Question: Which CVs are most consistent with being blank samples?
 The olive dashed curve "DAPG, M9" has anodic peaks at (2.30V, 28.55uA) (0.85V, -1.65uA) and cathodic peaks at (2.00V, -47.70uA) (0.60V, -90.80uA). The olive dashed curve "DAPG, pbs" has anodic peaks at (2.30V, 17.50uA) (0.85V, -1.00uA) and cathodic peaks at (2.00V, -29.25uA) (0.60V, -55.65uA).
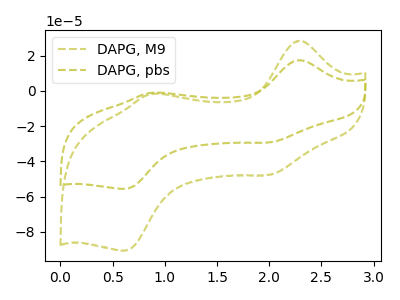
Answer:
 <answer>There are not any CV's on this graph that are likely to be blanks.</answer>
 <eval>none</eval>